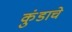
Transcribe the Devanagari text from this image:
कुंडाचे